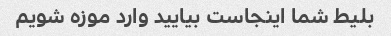
بلیط شما اینجاست بیایید وارد موزه شویم